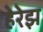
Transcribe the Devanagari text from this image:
हेरेझ